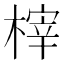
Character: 榟